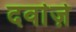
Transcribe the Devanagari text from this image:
दर्वाज़े